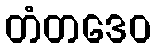
တံတဒေဝ